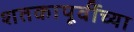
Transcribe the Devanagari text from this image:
शतकापूर्वीच्या